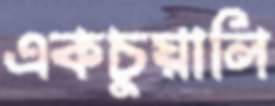
একচুয়ালি